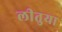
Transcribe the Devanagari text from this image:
लीतुया